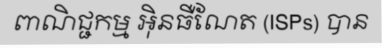
ពាណិជ្ជកម្ម អ៊ិនធឺណែត (ISPs) បាន